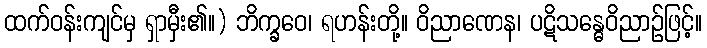
ထက်ဝန်းကျင်မှ ရှာမှီး၏။) ဘိက္ခဝေ၊ ရဟန်းတို့။ ဝိညာဏေန၊ ပဋိသန္ဓေဝိညာဉ်ဖြင့်။